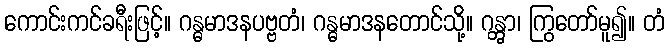
ကောင်းကင်ခရီးဖြင့်။ ဂန္ဓမာဒနပဗ္ဗတံ၊ ဂန္ဓမာဒနတောင်သို့။ ဂန္တွာ၊ ကြွတော်မူ၍။ တံ